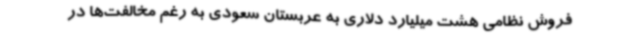
فروش نظامی هشت میلیارد دلاری به عربستان سعودی به رغم مخالفت‌ها در